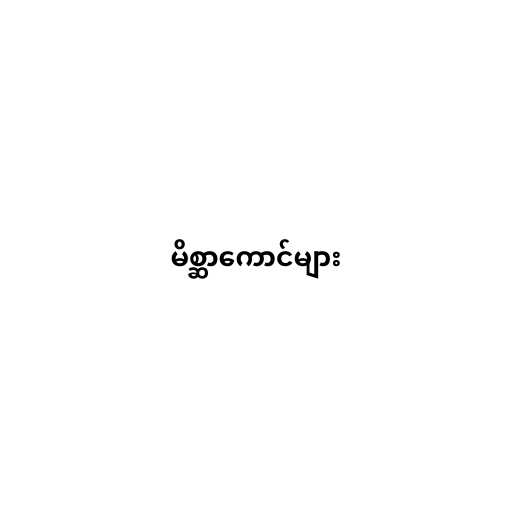
မိစ္ဆာကောင်များ